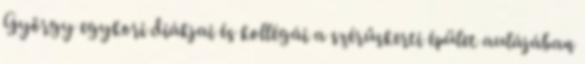
György egykori diákjai és kollégái a szérűskerti épület aulájában